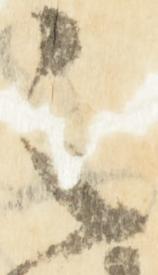
之